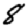
Digit: 8